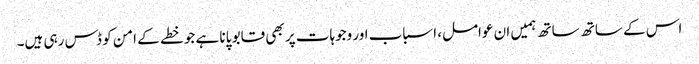
اس کے ساتھ ساتھ ہمیں ان عوامل، اسباب اور وجوہات پر بھی قابو پانا ہے جو خطے کے امن کو ڈس رہی ہیں۔